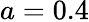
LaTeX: a=0.4